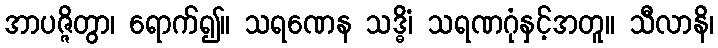
အာပဇ္ဇိတွာ၊ ရောက်၍။ သရဏေန သဒ္ဓိံ၊ သရဏဂုံနှင့်အတူ။ သီလာနိ၊